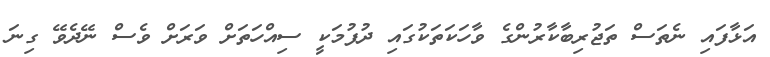
އަޅާފައި ނެތަސް ތަޖުރިބާކާރުންގެ ވާހަކަތަކުގައި ދުފުމަކީ ސިއްހަތަށް ވަރަށް ވެސް ނޭދެވޭ ގިނަ